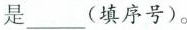
是___(填序号)。